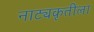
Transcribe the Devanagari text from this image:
नाट्यकृतीला